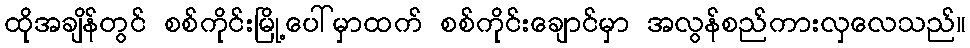
ထိုအချိန်တွင် စစ်ကိုင်းမြို့ပေါ်မှာထက် စစ်ကိုင်းချောင်မှာ အလွန်စည်ကားလှလေသည်။